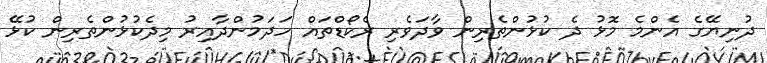
ދުނިޔޭގެ އެންމެ މޮޅު ދެ ކުޅުންތެރިން ވާދަވެރި ރެކޯޑްތައް ހަދަމުންދާއިރު މިދެކުޅުންތެރިން ކުޅޭ